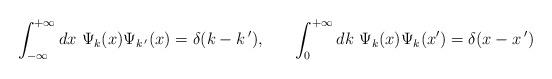
LaTeX: \begin{align*}\int_{-\infty}^{+\infty} dx\,\, \Psi_{k}(x)\Psi_{k\,'}(x) =\delta(k-k\,'),~~~~~\int_{0}^{+\infty} dk\,\, \Psi_{k}(x)\Psi_{k}(x') =\delta(x-x\,')\end{align*}